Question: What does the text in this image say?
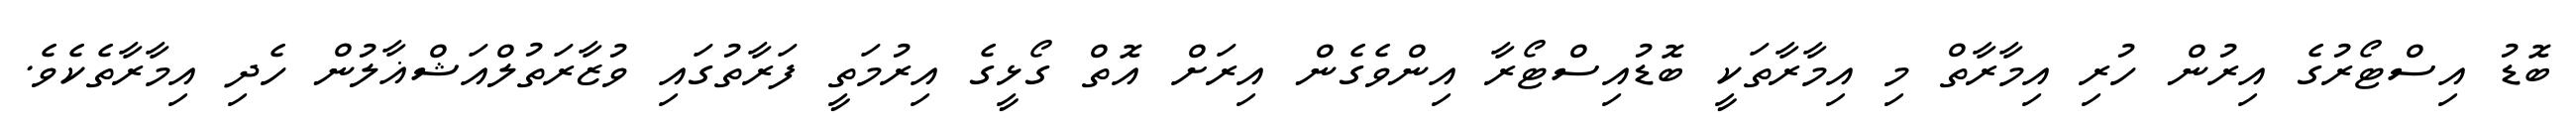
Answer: ބޮޑު އިސްޓޯރުގެ އިރުން ހުރި އިމާރާތް މި އިމާރާތަކީ ބޮޑުއިސްޓޯރާ އިންވެގެން އިރަށް އޮތް ގޯޅީގެ އިރުމަތީ ފަރާތުގައި ވުޒާރަތުލްއަޝްޣާލުން ހެދި އިމާރާތެކެވެ.